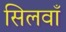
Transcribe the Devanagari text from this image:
सिलवाँ